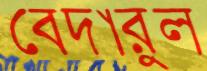
বেদারুল